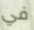
في